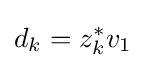
d_{k}=z_{k}^{*}v_{1}